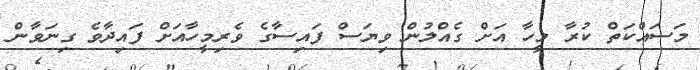
މަސައްކަތް ކުރާ މީހާ އަށް ގެއްލުން ވިޔަސް ފައިސާގެ ވެރިމީހާއަށް ފައިދާވެ ގިނަވާން